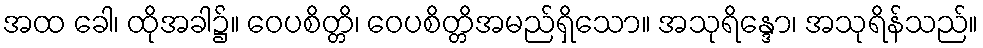
အထ ခေါ၊ ထိုအခါ၌။ ဝေပစိတ္တိ၊ ဝေပစိတ္တိအမည်ရှိသော။ အသုရိန္ဒော၊ အသုရိန်သည်။